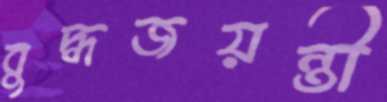
বুদ্ধজয়ন্তী